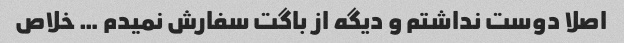
اصلا دوست نداشتم و دیگه از باگت سفارش نمیدم … خلاص